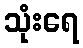
သုံးရေ